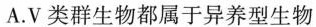
A.V类群生物都属于异养型生物